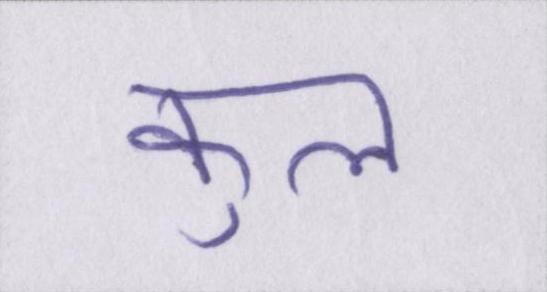
कुल